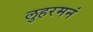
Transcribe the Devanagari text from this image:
लुहरमनं